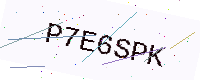
Text: P7E6SPK